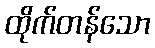
ထိုက်တန်သော